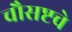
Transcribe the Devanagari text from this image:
चौसष्टचे